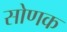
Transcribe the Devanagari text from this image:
सोणक